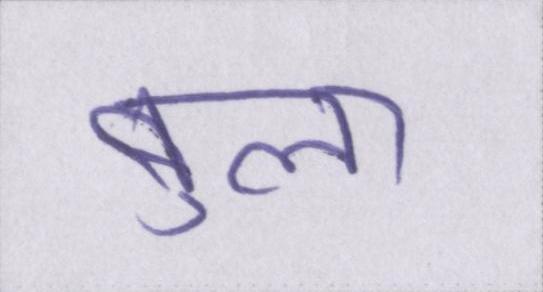
बुला